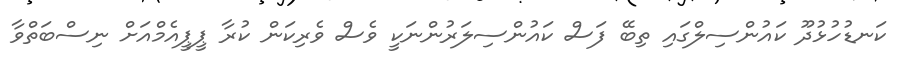
ކަނޑުހުޅުދޫ ކައުންސިލްގައި ތިބޭ ފަސް ކައުންސިލަރުންނަކީ ވެސް ވެރިކަން ކުރާ ޕީޕީއެމްއަށް ނިސްބަތްވާ